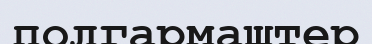
полгармаштер